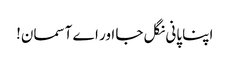
اپنا پانی نگل جا اور اے آسمان!